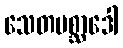
သေတပစ္ဆာဒေါ